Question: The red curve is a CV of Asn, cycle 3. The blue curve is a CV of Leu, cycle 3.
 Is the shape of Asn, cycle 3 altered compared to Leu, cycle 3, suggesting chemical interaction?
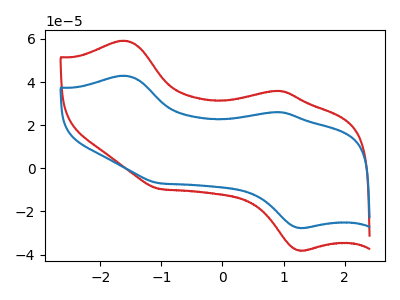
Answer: <think>The red curve "Asn, cycle 3" has anodic peaks at (-1.60V, 59.15uA) (0.95V, 35.95uA) and cathodic peaks at (1.25V, -38.05uA) (-1.05V, -9.50uA). The blue curve "Leu, cycle 3" has anodic peaks at (-1.60V, 42.95uA) (0.95V, 26.05uA) and cathodic peaks at (1.25V, -27.60uA) (-1.05V, -6.90uA).
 All the peaks in "Asn, cycle 3" have a peak in "Leu, cycle 3" at the same potential. Every peak in "Asn, cycle 3" is higher than every peak in "Leu, cycle 3".</think>
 <answer>No, "Asn, cycle 3" and "Leu, cycle 3" don't appear to be significantly different in shape</answer>
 <eval>no_change</eval>